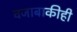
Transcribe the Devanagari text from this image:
वजाबाकीही